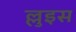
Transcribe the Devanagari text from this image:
ल्लुइस